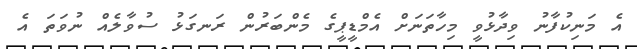
އެ މަނިކުފާނު ވިދާޅުވީ މިހާތަނަށް އެމްޑީޕީގެ މެންބަރުން ރަނގަޅު ސުވާލެއް ނުވަތަ އެ